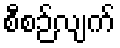
စီစဉ်လျက်